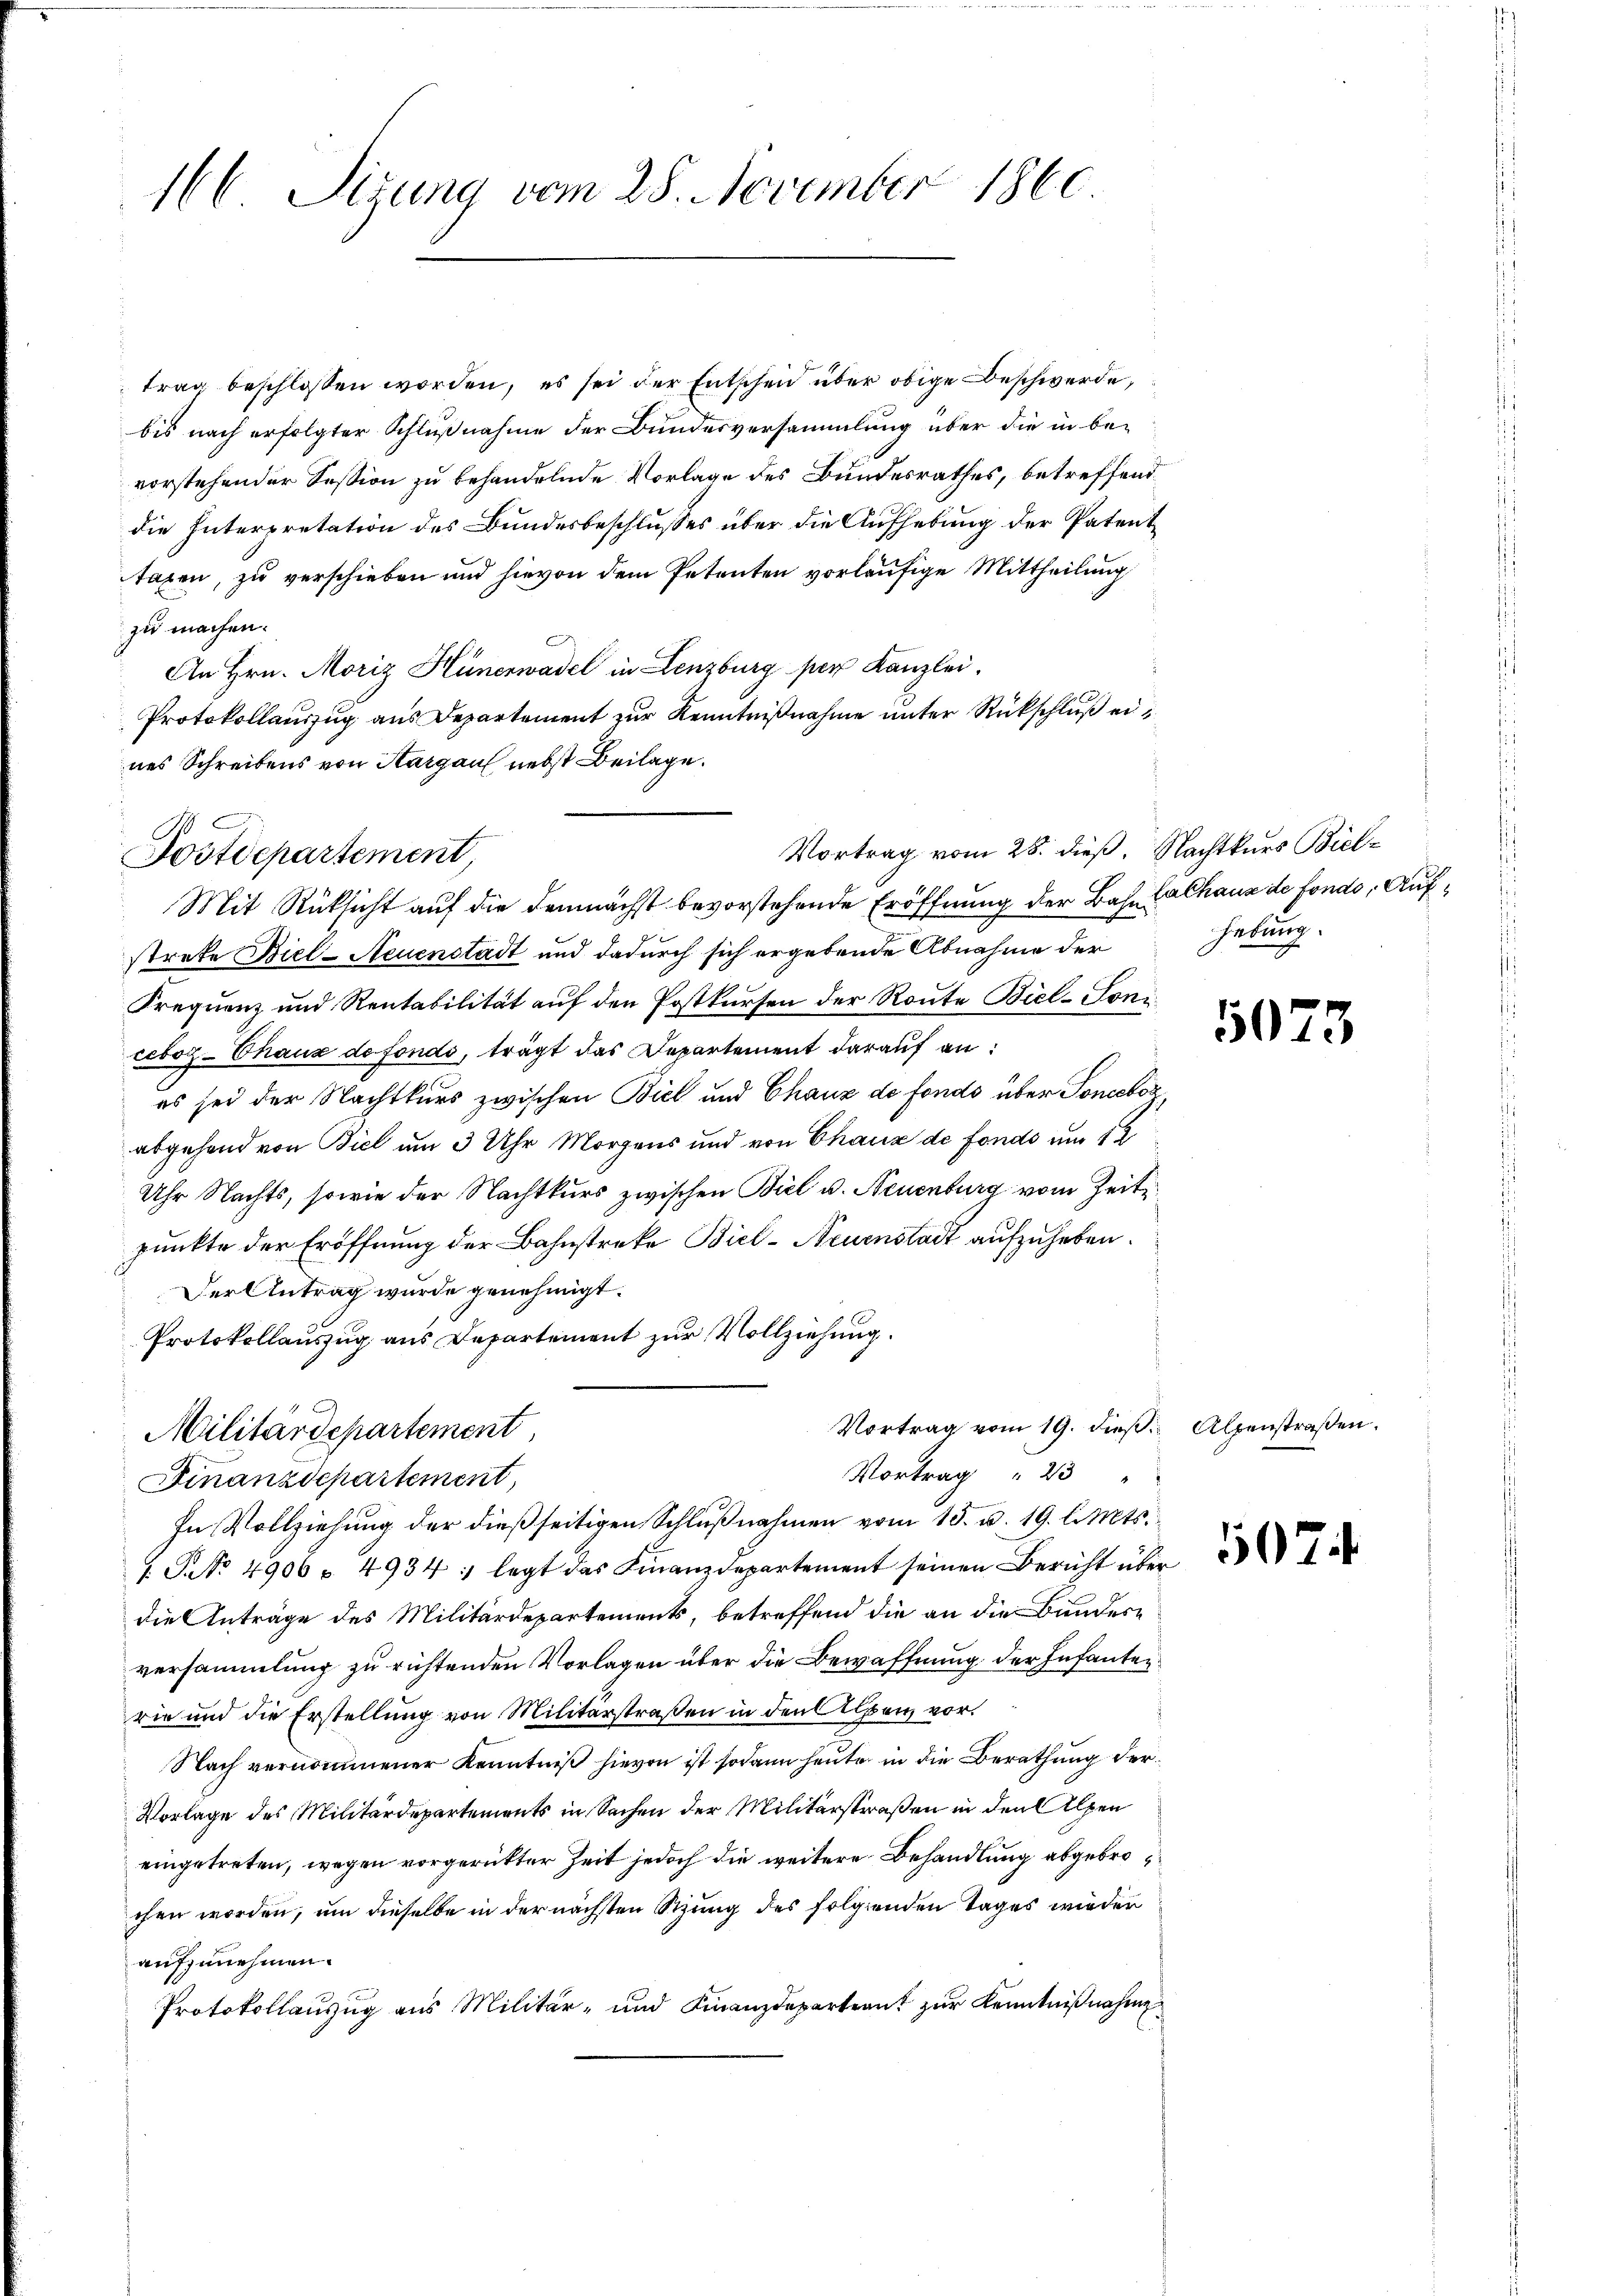
166 Sizung vom 28. November 1860

trag beschlossen worden, es sei der Entscheid über obige Beschwerde,
bis nach erfolgter Schlußnahme der Bundesversammlung über die in be-
vorstehender Session zu behandelnde Vorlage des Bundesrathes, betreffend
die Interpretation des Bundesbeschlusses über die Aufhebung der Patenttagen, zu verschieben und hievon dem Petenten vorläufige Mittheilung
zu machen.
An Hrn. Moriz Hünerwadel in Lenzburg per Kanzlei.
Protokollauszug aus Departement zur Kenntnißnahme unter Rückschluß eines Schreibens von Aargau nebst Beilage.
Mit Rücksicht auf die demnächst bevorstehende Eröffnung der Bahn Calhaus de fondo, Aufstrete Biel-Neuenstadt und dadurch sich ergebende Abnahme der
Prequenz und Rentabilität auf den Postkursen der Route Biel-Toni
ceboz-Thaux de fondo, trägt das Departement darauf an:
es sei der Nachtkurs zwischen Biel und Chaux de fondo über Sonceboz,
abgehend von Biel um 3 Uhr Morgens und von Chaux de fondo um 12
Uhr Nachts, sowie der Nachtkurs zwischen Biel u. Neuenburg vom Zeite
punkte der Eröffnung der Bahnstreke Biel-Neuenstadt aufzuheben.
Der Antrag wurde genehmigt.
Protokollauszug aus Departement zur Vollziehung.
Vortrag vom 19. dieß. Alpenstraßen.
Militärdepartement,
Vortrag " 23 "
Finanzdepartement,
In Vollziehung der dießseitigen Schlußnahmen vom 15. u. 19. l. Mts.
. P. No 4906 - 4934 ; legt das Finanzdepartement seinen Bericht über
die Anträge des Militärdepartements, betreffend die an die Bundesversammlung zu richtenden Vorlagen über die Bewaffnung der Infantenrie und die Erstellung von Militärstraßen in den Alpen vor.
Nach vernommener Kenntniß hievon ist sodann heute in die Berathung der
Vorlage des Militärdepartements in Sachen der Militärstraßen in den Alpen
eingetreten, wegen vorgerütter Zeit jedoch die weitere Behandlung abgebrochen worden, um dieselbe in der nächsten Stung des folgenden Tages wieder
aufzunehmen.
Protokollauzug aus Militär- und Finanzdeparteant zur Kenntnißnahme

Postdepartement,

Vortrag vom 28. dieß. Nachtkurs Biel¬

hebung.

5073

07